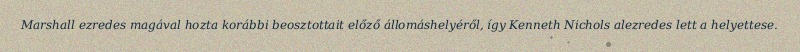
Marshall ezredes magával hozta korábbi beosztottait előző állomáshelyéről, így Kenneth Nichols alezredes lett a helyettese.